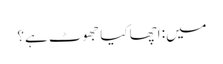
میں: اچھا کیا جھوٹ ہے؟